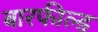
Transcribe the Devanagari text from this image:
बारफील्ड